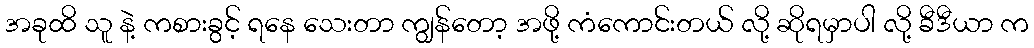
အခုထိ သူ နဲ့ ကစားခွင့် ရနေ သေးတာ ကျွန်တော့ အဖို့ ကံကောင်းတယ် လို့ ဆိုရမှာပါ လို့ ခီဒီယာ က